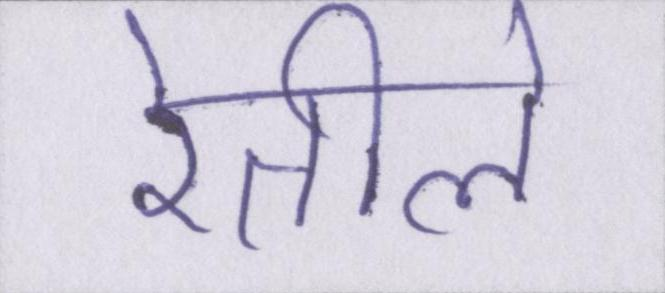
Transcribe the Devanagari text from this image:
रेतीले